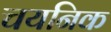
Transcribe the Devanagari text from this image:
चयनिक